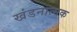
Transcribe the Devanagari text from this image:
खंडनात्मक